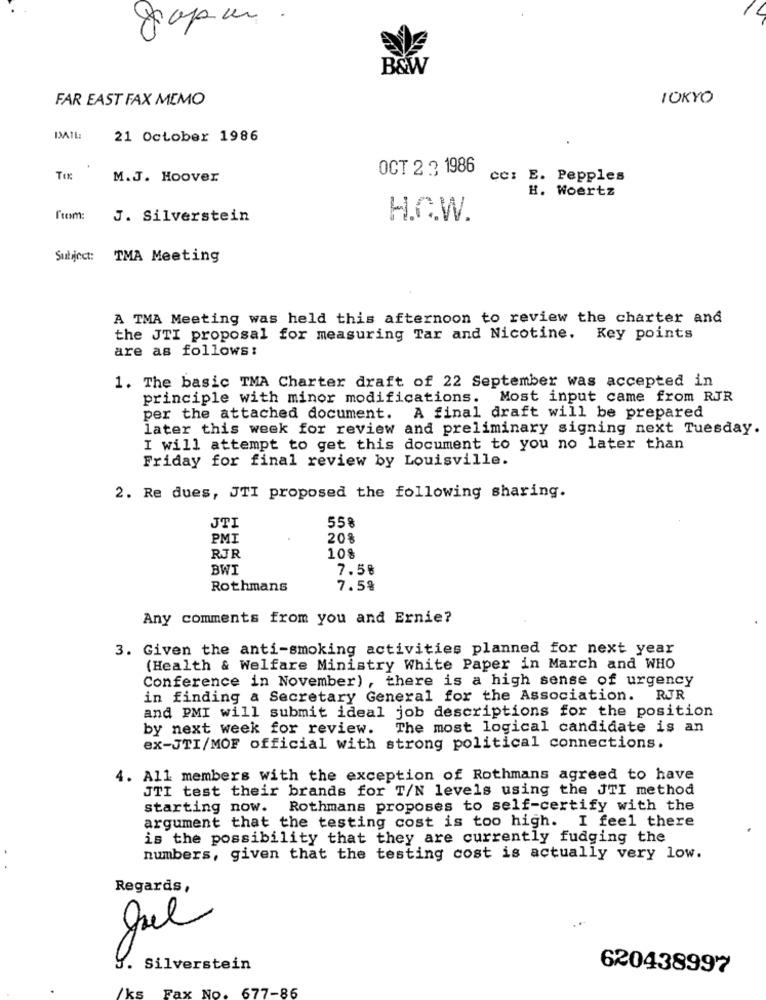
Japan .
B&W
FAR EAST FAX MEMO
TOKYO
BAIL:
21 October 1986
OCT 2 3 1986
TIx
M.J. Hoover
cc: E. Pepples
H. Woertz
l'exm:
J. Silverstein
H.C.W.
Subject:
TMA Meeting
A TMA Meeting was held this afternoon to review the charter and
the JTI proposal for measuring Tar and Nicotine. Key points
are as follows:
1. The basic TMA Charter draft of 22 September was accepted in
principle with minor modifications. Most input came from RJR
per the attached document. A final draft will be prepared
later this week for review and preliminary signing next Tuesday.
I will attempt to get this document to you no later than
Friday for final review by Louisville.
2. Re dues, JTI proposed the following sharing.
JTI
55%
PMI
20%
RJR
10%
BWI
7.58
Rothmans
7.58
Any comments from you and Ernie?
3. Given the anti-smoking activities planned for next year
(Health & Welfare Ministry White Paper in March and WHO
Conference in November) , there is a high sense of urgency
in finding a Secretary General for the Association. RJR
and PMI will submit ideal job descriptions for the position
by next week for review.
The most logical candidate is an
ex-JTI/MOF official with strong political connections.
4. All members with the exception of Rothmans agreed to have
JTI test their brands for T/N levels using the JTI method
starting now. Rothmans proposes to self-certify with the
argument that the testing cost is too high. I feel there
is the possibility that they are currently fudging the
numbers, given that the testing cost is actually very low.
Regards,
Silverstein
620438997
/ kg
677-86
Fax No.